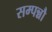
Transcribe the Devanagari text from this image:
सम्पन्नौ